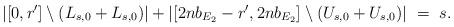
LaTeX: \begin{align*} |[0,r'] \setminus (L_{s,0} + L_{s,0})| + |[2nb_{E_2}-r',2nb_{E_2}] \setminus (U_{s,0}+U_{s,0})|\ =\ s.\end{align*}